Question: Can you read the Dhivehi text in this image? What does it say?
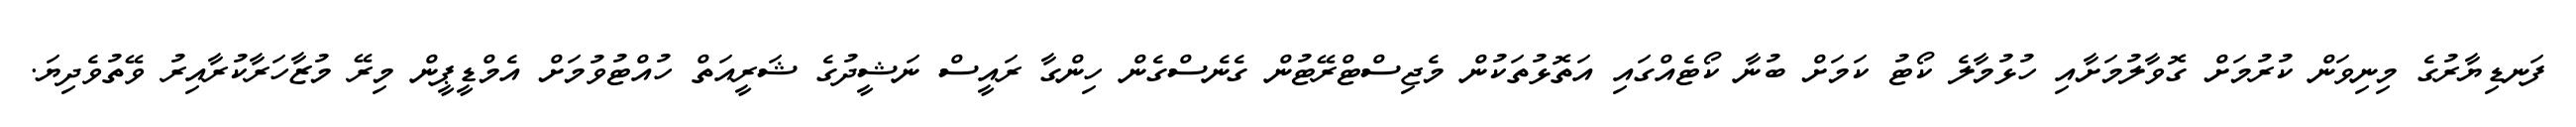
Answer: ފަނޑިޔާރުގެ މިނިވަން ކުރުމަށް ގޮވާލުމަށާއި ހުޅުމާލެ ކޯޓު ކަމަށް ބުނާ ކޯޓެއްގައި އަތޮޅުތަކުން މެޖިސްޓްރޭޓުން ގެނެސްގެން ހިންގާ ރައީސް ނަޝީދުގެ ޝަރީއަތް ހުއްޓުވުމަށް އެމްޑީޕީން މިރޭ މުޒާހަރާކުރާއިރު ވޭތުވެދިޔަ.